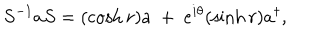
S ^ { - 1 } a S = ( \cosh r ) a ~ + ~ e ^ { i \theta } ( \sinh r ) a ^ { \dagger } ,